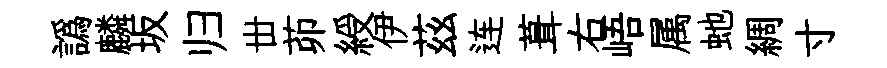
譌麟坂归丗茆綬伊茲连葺右峿属虵綢寸